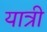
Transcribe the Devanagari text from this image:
यात्री